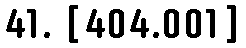
41. [404.001]